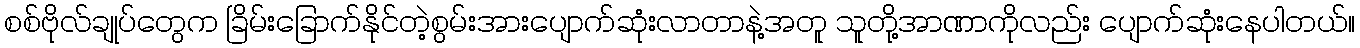
စစ်ဗိုလ်ချုပ်တွေက ခြိမ်းခြောက်နိုင်တဲ့စွမ်းအားပျောက်ဆုံးလာတာနဲ့အတူ သူတို့အာဏာကိုလည်း ပျောက်ဆုံးနေပါတယ်။